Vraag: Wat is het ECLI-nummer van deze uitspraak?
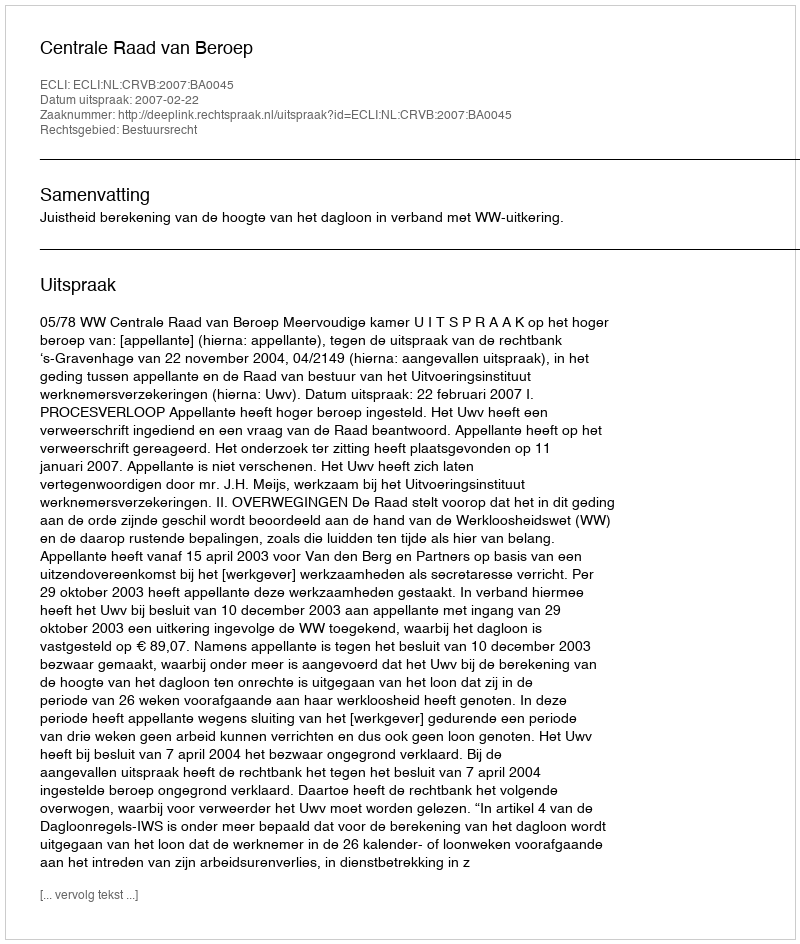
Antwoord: ECLI:NL:CRVB:2007:BA0045